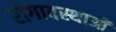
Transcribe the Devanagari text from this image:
रोगावस्थाओं